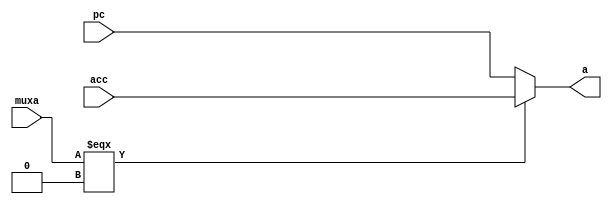
module mux_a(
	     muxa,
	     acc,
	     pc,
	     a);
   
   input wire      muxa;
   input wire [7:0] acc;
   input wire [7:0]  pc;
   
   output reg [7:0] a;
   
   always @(*)
     begin
	if(muxa === 1'b0)
	  begin
	     a <= acc;
	  end
	else
	  begin
	     a <= pc;
	  end
     end // always @ (*)
   
endmodule // mux_a